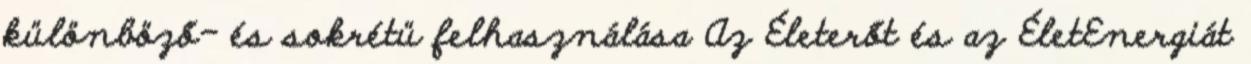
különböző- és sokrétü felhasználása Az Életerőt és az ÉletEnergiát